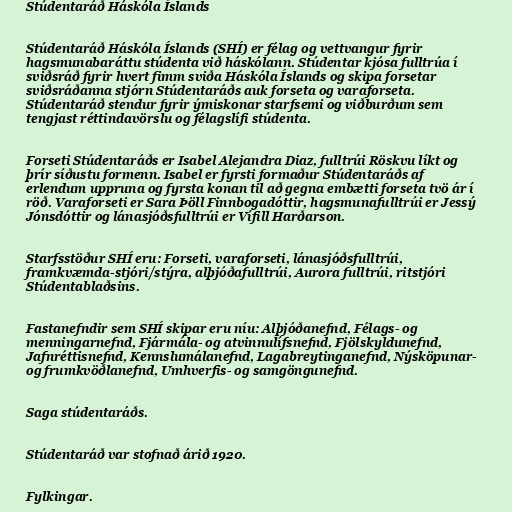
Stúdentaráð Háskóla Íslands

Stúdentaráð Háskóla Íslands (SHÍ) er félag og vettvangur fyrir
hagsmunabaráttu stúdenta við háskólann. Stúdentar kjósa fulltrúa í
sviðsráð fyrir hvert fimm sviða Háskóla Íslands og skipa forsetar
sviðsráðanna stjórn Stúdentaráðs auk forseta og varaforseta.
Stúdentaráð stendur fyrir ýmiskonar starfsemi og viðburðum sem
tengjast réttindavörslu og félagslífi stúdenta.

Forseti Stúdentaráðs er Isabel Alejandra Diaz, fulltrúi Röskvu líkt og
þrír síðustu formenn. Isabel er fyrsti formaður Stúdentaráðs af
erlendum uppruna og fyrsta konan til að gegna embætti forseta tvö ár í
röð. Vara­for­seti er Sara Þöll Finnbogadóttir, hags­muna­full­trúi er Jessý
Jónsdóttir og lána­sjóðsfull­trúi er Vífill Harðarson.

Starfsstöður SHÍ eru: Forseti, varaforseti, lánasjóðsfulltrúi,
framkvæmda-stjóri/stýra, alþjóðafulltrúi, Aurora fulltrúi, ritstjóri
Stúdentablaðsins.

Fastanefndir sem SHÍ skipar eru níu: Alþjóðanefnd, Félags- og
menningarnefnd, Fjármála- og atvinnulífsnefnd, Fjölskyldunefnd,
Jafnréttisnefnd, Kennslumálanefnd, Lagabreytinganefnd, Nýsköpunar-
og frumkvöðlanefnd, Umhverfis- og samgöngunefnd.

Saga stúdentaráðs.

Stúdentaráð var stofnað árið 1920.

Fylkingar.